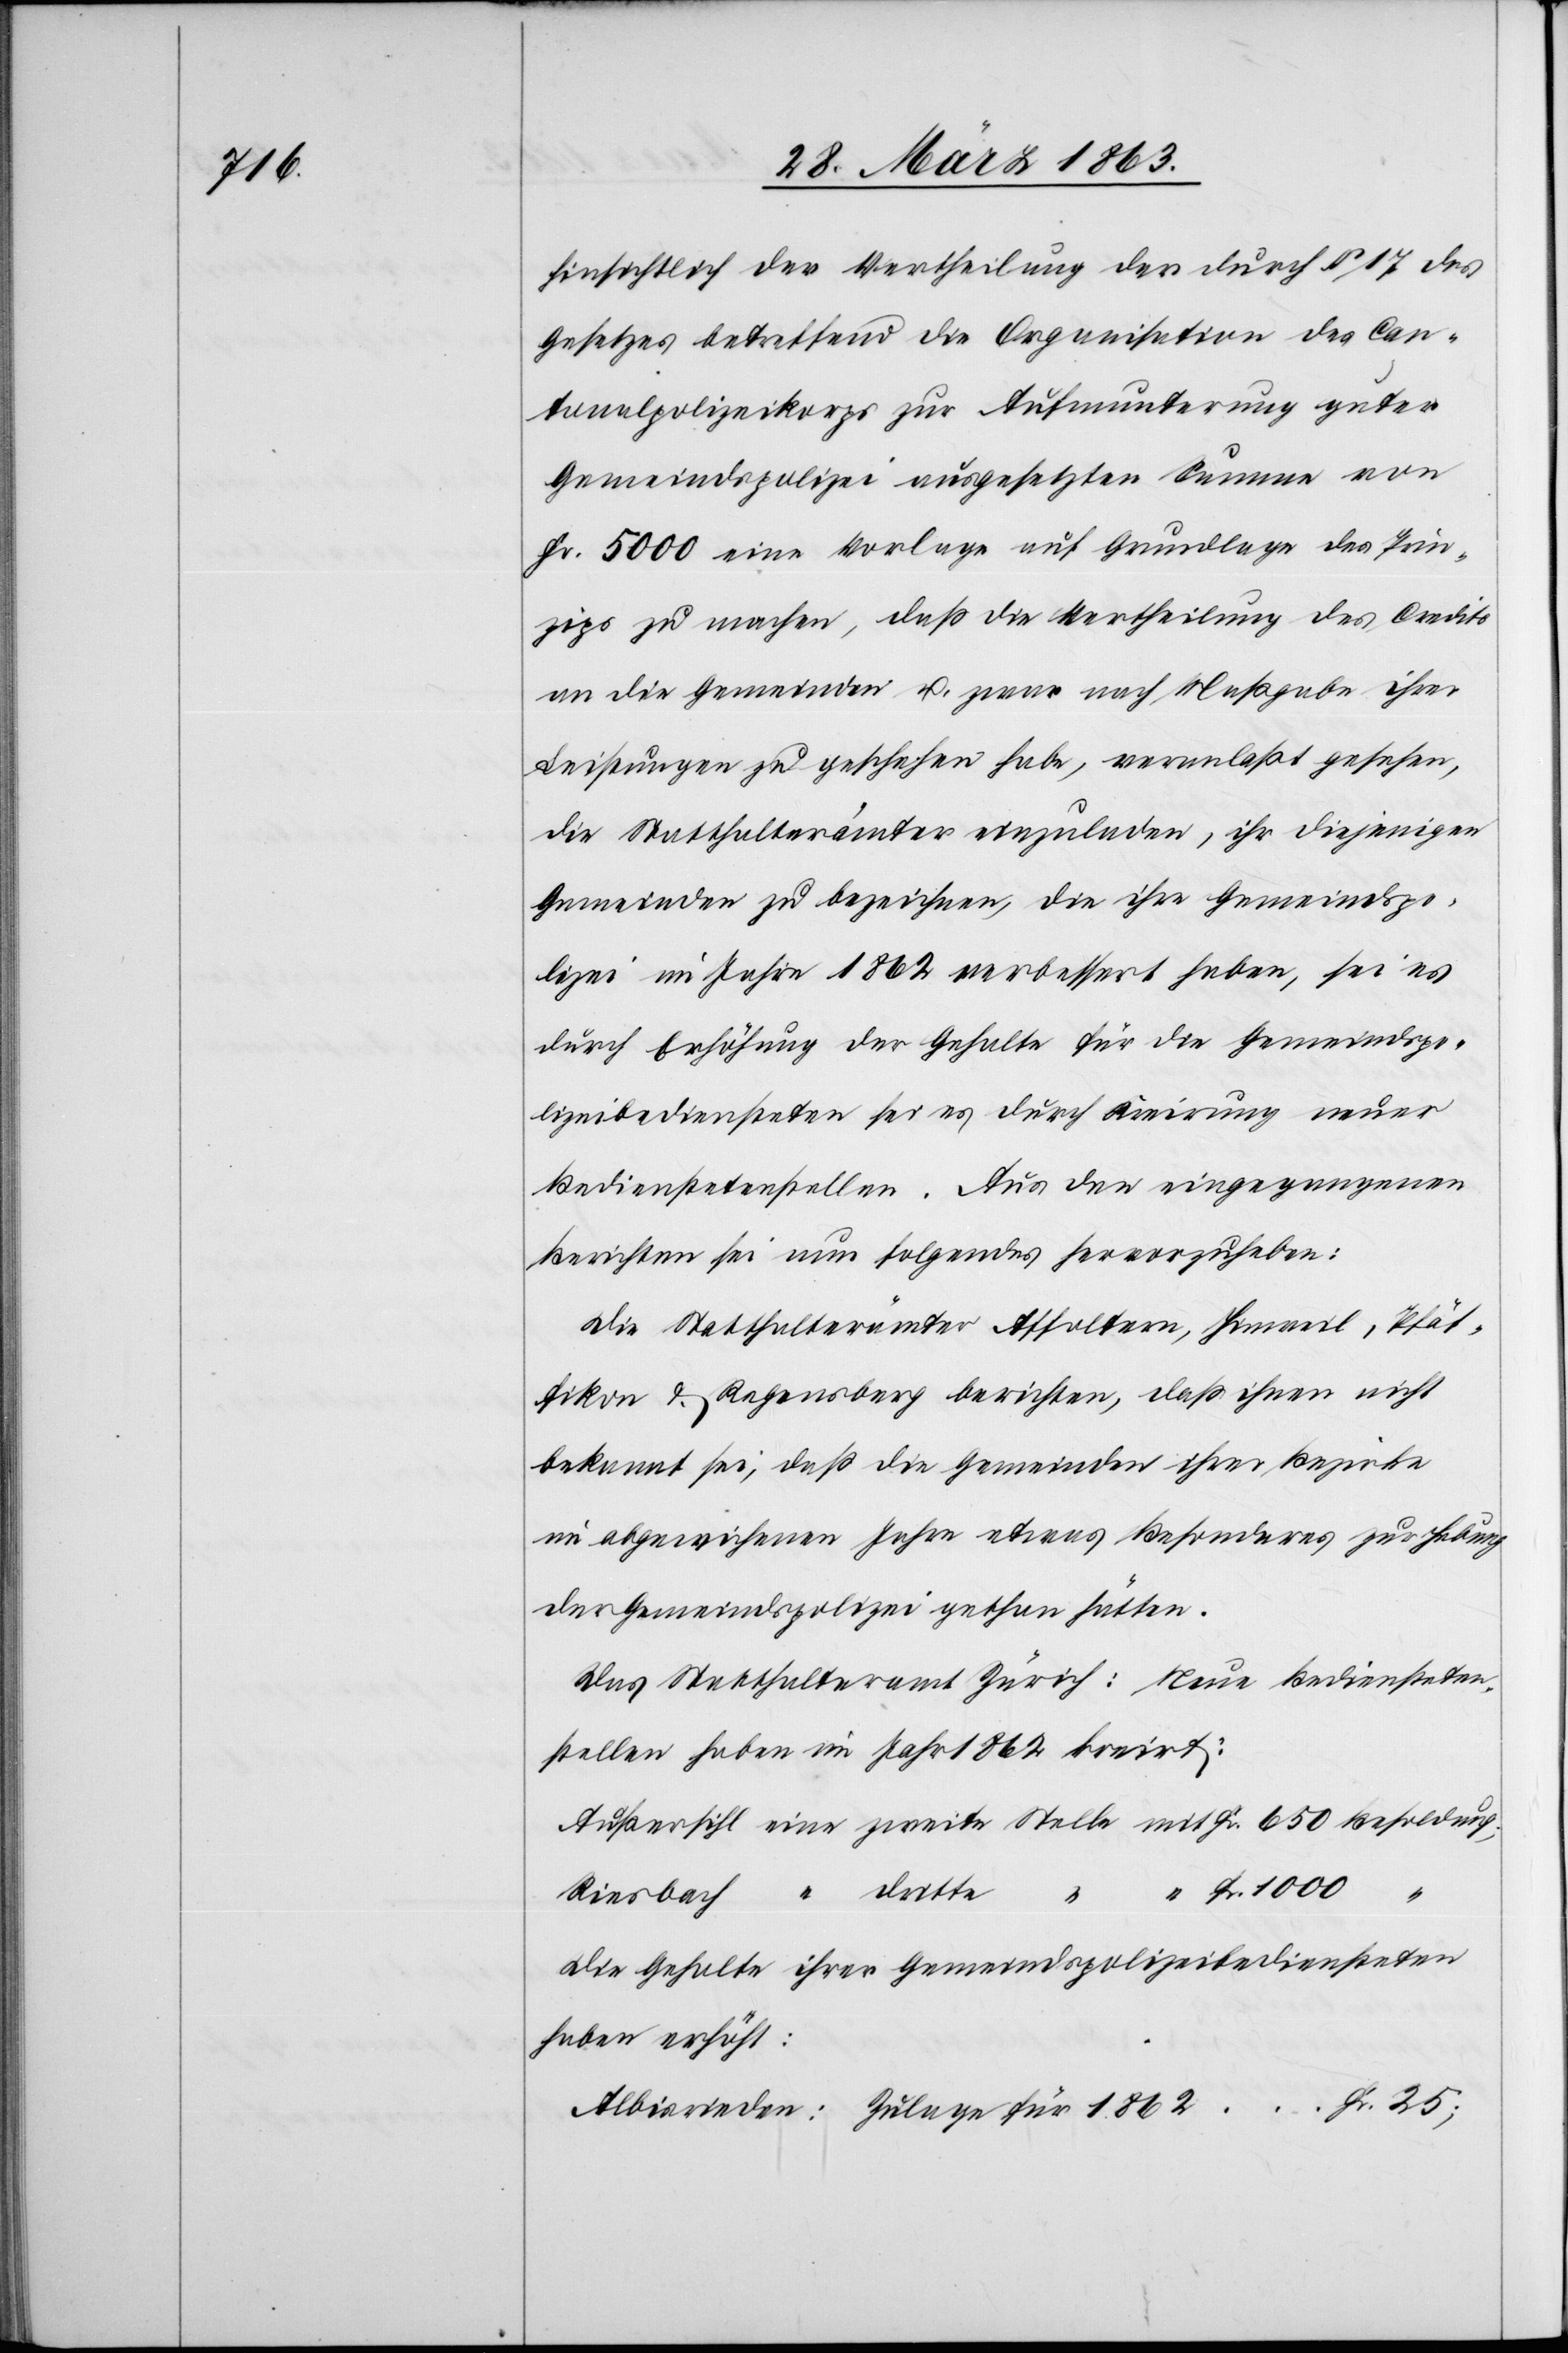
1862

hinsichtlich der Vertheilung der durch § 17 des
Gesetzes betreffend die Organisation des Can¬
tonalpolizeikorps zur Aufmunterung guter
Gemeindspolizei ausgesetzten Summe von
Fr. 5000 eine Vorlage auf Grundlage des Prin¬
zips zu machen, daß die Vertheilung des Credits
an die Gemeinden u. zwar nach Maßgabe ihrer
Leistungen zu geschehen habe, veranlaßt gesehen,
die Statthalterämter einzuladen, ihr diejenigen
Gemeinden zu bezeichnen, die ihre Gemeindspo¬
lizei im Jahre 1862 verbessert haben, sei es
durch Erhöhung der Gehalte für die Gemeindspo¬
lizeibediensteten sei es durch Kreirung neuer
Bedienstetenstellen. Aus den eingegangenen
Berichten sei nun folgendes hervorzuheben:
Die Statthalterämter Affoltern, Hinweil, Pfäf¬
fikon & Regensberg berichten, daß ihnen nicht
bekannt sei, daß die Gemeinden ihrer Bezirke
im abgewichenen Jahre etwas Besonderes zur Hebung
der Gemeindspolizei gethan hätten.
Das Statthalteramt Zürich: Neue Bediensteten¬
stellen haben im Jahr 1862 kreirt:
Die Gehalte ihrer Gemeindspolizeibediensteten
haben erhöht: